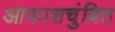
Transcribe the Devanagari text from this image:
आकाशचुंबित